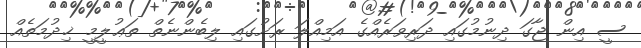
ސީ އިން ޖާގަ ދިނުމުގައި ދަރިވަރެއްގެ އަމިއްލަ ރަށުގައި ލިބެންނެތް ތަޢުލީމީ ޚިދުމަތެއް